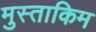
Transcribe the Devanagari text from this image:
मुस्ताकिम